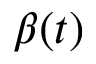
\beta ( t )